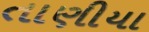
તાણીયા